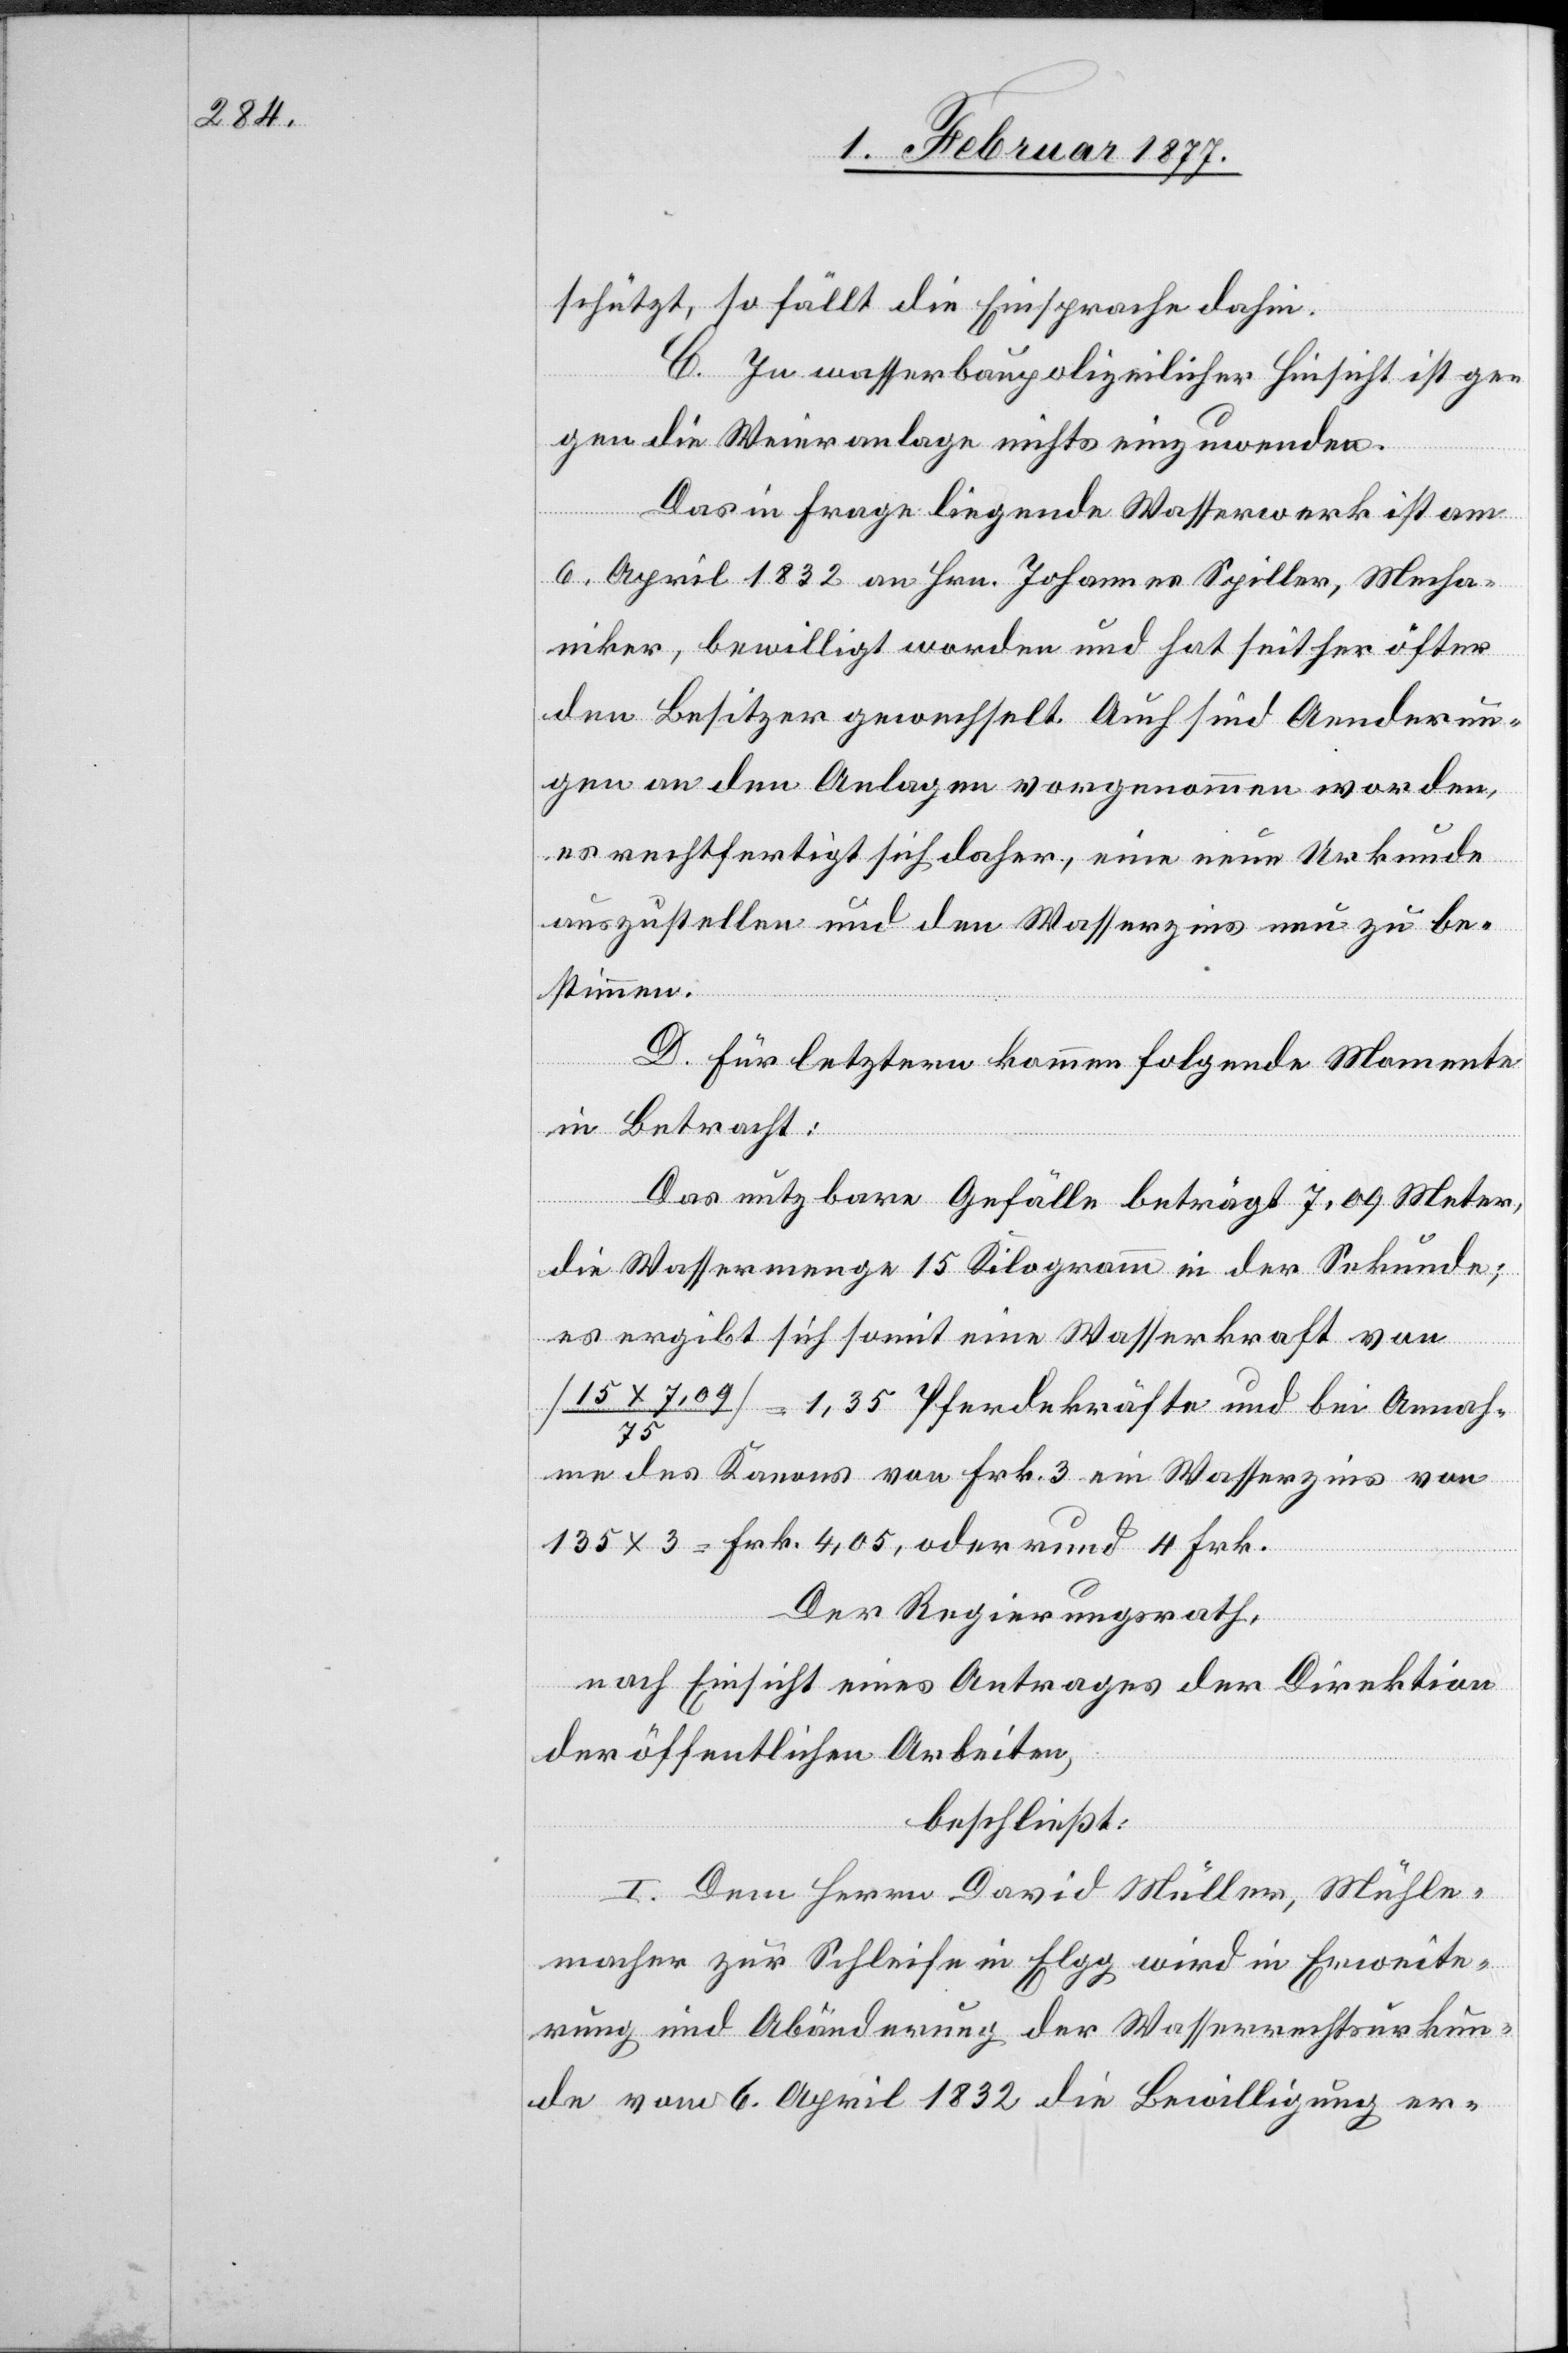
schützt, so fällt die Einsprache dahin.
C. In wasserbaupolizeilicher Hinsicht ist ge¬
gen die Weieranlage nichts einzuwenden.
Das in Frage liegende Wasserwerk ist am
6. April 1832 an Hrn. Johannes Spiller, Mecha¬
niker, bewilligt worden und hat seither öfter
den Besitzer gewechselt. Auch sind Aenderun¬
gen an den Anlagen vorgenommen worden,
es rechtfertigt sich daher, eine neue Urkunde
auszustellen und den Wasserzins neu zu be¬
stimmen.
D. Für letztern kommen folgende Momente
in Betracht:
Das nutzbare Gefälle beträgt 7.09 Meter,
die Wassermenge 15 Kilogramm in der Sekunde;
/ 75] = 1,35 Pferdekräfte und bei Annah¬
me des Kanons von Frk. 3 ein Wasserzins von
135 x 3 = Frk. 4,05, oder runde 4 Frk.
Der Regierungsrath,
nach Einsicht eines Antrages der Direktion
der öffentlichen Arbeiten,
beschließt:
I. Dem Herrn David Müller, Mühle¬
macher zur Schleife in Elgg wird in Erweite¬
rung und Abänderung der Wasserrechtsurkun¬
de vom 6. April 1832 die Bewilligung er-